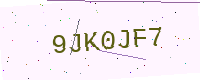
Text: 9JK0JF7